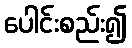
ပေါင်းစည်း၍